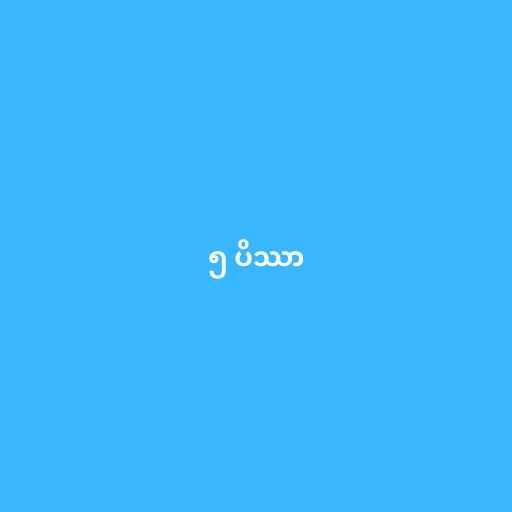
၅ ပိဿာ